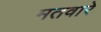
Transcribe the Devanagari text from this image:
मतवारे